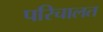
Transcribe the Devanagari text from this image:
परिचालत